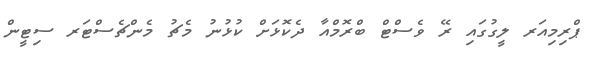
ޕްރިމިއަރ ލީގުގައި ރޭ ވެސްޓް ބްރޮމްއާ ދެކޮޅަށް ކުޅުނު މެޗު މެންޗެސްޓަރ ސިޓީން